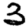
Digit: 3